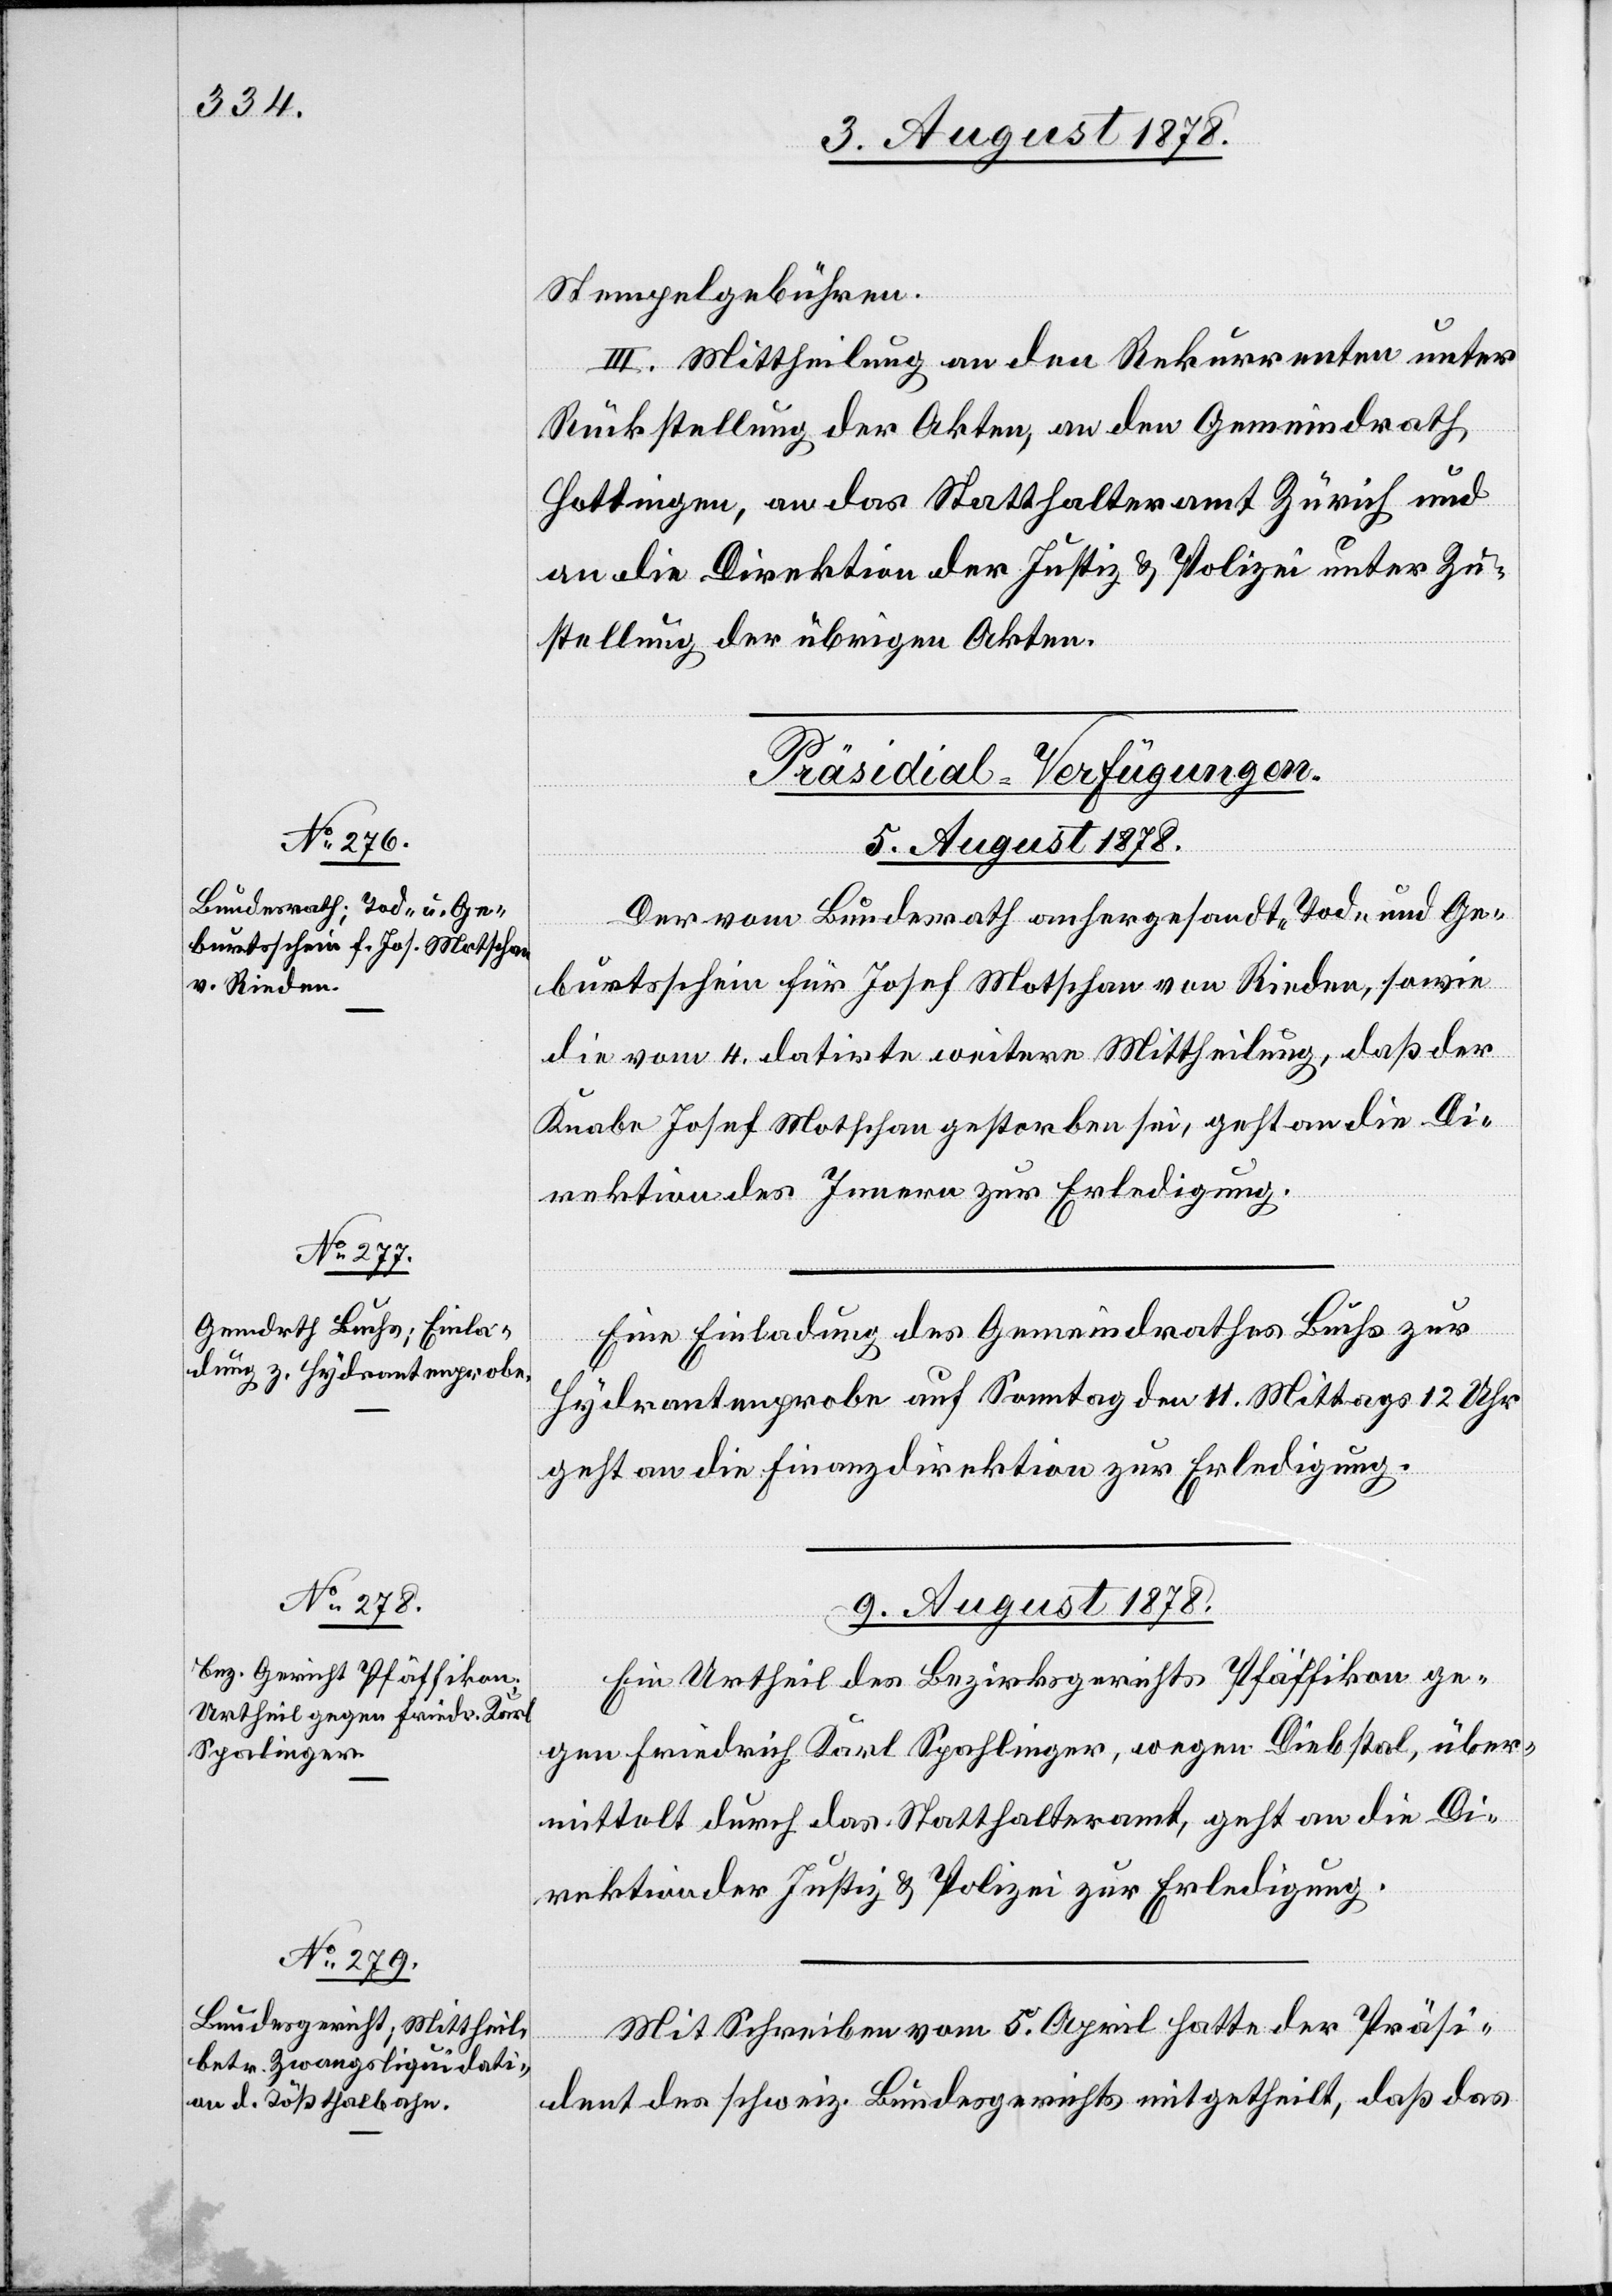
Stempelgebühren.
III. Mittheilung an den Rekurrenten unter
Rückstellung der Akten, an den Gemeindrath
Hottingen, an das Statthalteramt Zürich und
an die Direktion der Justiz & Polizei unter Zu¬
stellung der übrigen Akten.
[Präsidial-Verfügungen.
5. August 1878.]
Der vom Bundesrath anhergesandte Tod- und Ge¬
burtsschein für Josef Motschan von Rieden, sowie
die vom 4. datirte weitere Mittheilung, daß der
Knabe Josef Motschan gestorben sei, geht an die Di¬
rektion des Innern zur Erledigung.
Eine Einladung des Gemeindrathes Buchs zur
Hydrantenprobe auf Sonntag den 11. Mittags 12 Uhr
geht an die Finanzdirektion zur Erledigung.
9. August 1878.]
Ein Urtheil des Bezirksgerichts Pfäffikon ge¬
gen Friedrich Karl Spahlinger [sic!], wegen Diebstal, über¬
mittelt durch das Statthalteramt, geht an die Di¬
rektion der Justiz & Polizei zur Erledigung.
Mit Schreiben vom 5. April hatte der Präsi¬
dent des schweiz. Bundesgerichts mitgetheilt, daß das